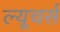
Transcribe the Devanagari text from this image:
ल्यूचर्स